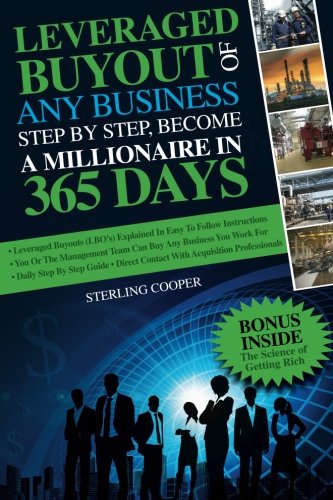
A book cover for Leveraged Buyout of any Business, step by step: Become a millionaire in 365 days; Sterling Cooper; Business & Money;